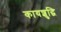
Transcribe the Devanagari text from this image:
कायशुद्धि